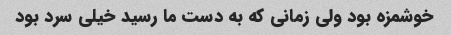
خوشمزه بود ولی زمانی که به دست ما رسید خیلی سرد بود